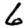
Digit: 6